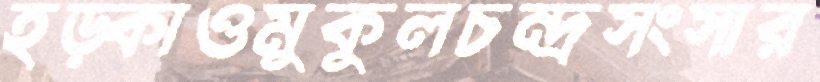
হড়্‌কাওমুকুলচন্দ্রসংসার